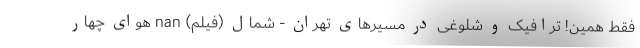
فقط همین! ترافیک و شلوغی در مسیرهای تهران - شمال (فیلم) nan هوای چهار